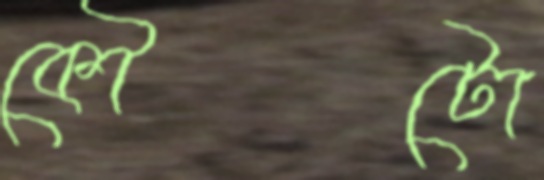
কৌটো